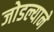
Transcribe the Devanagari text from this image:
जोडल्याने